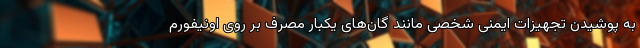
به پوشیدن تجهیزات ایمنی شخصی مانند گان‌های یکبار مصرف بر روی اونیفورم